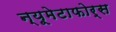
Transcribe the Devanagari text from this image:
न्यूमेटाफोर्स